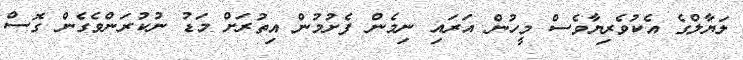
ލަޔާލްގެ އެކުވެރިޔާވެސް މީހުން އަރައި ނިމެން ފެށުމުން އިތުރަށް މަޑު ނުކުރަންވެގެން ގޮސް